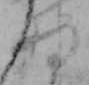
将